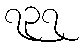
၇၃၇